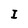
Character: I